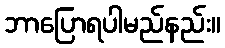
ဘာပြောရပါမည်နည်း။